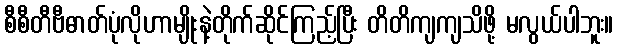
စီစီတီဗီဓာတ်ပုံလိုဟာမျိုးနဲ့တိုက်ဆိုင်ကြည့်ပြီး တိတိကျကျသိဖို့ မလွယ်ပါဘူး။